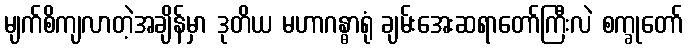
မျက်စိကျလာတဲ့အချိန်မှာ ဒုတိယ မဟာဂန္ဓာရုံ ချမ်းအေးဆရာတော်ကြီးလဲ စက္ခုတော်